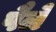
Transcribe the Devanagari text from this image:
पैले